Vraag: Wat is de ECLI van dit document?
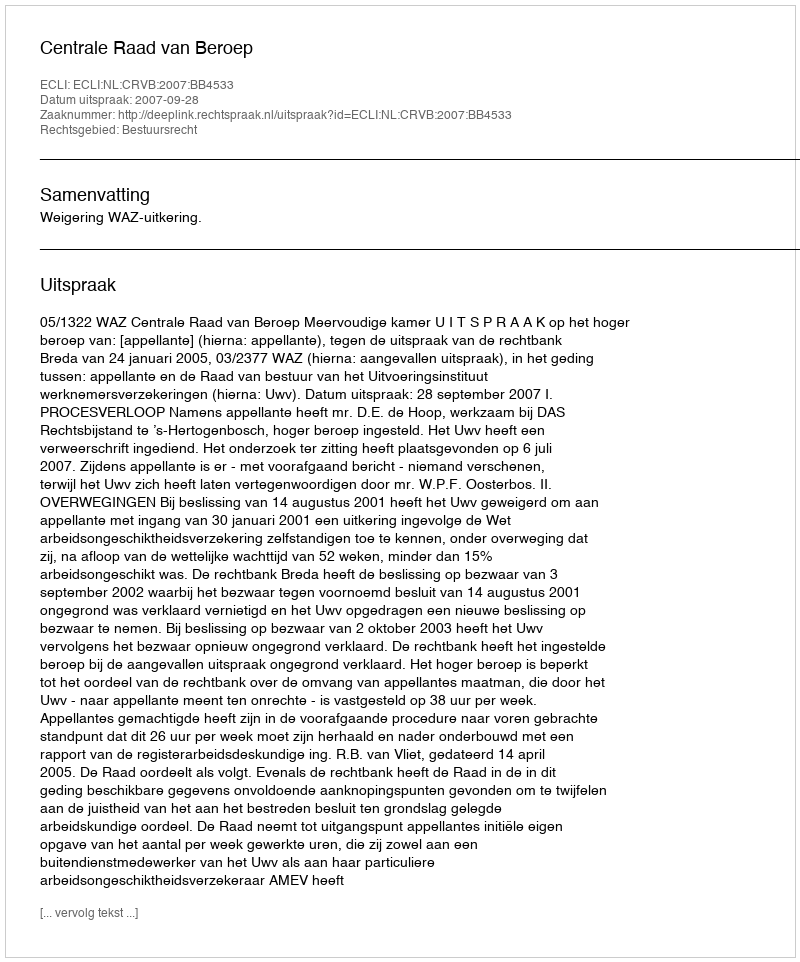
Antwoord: ECLI:NL:CRVB:2007:BB4533